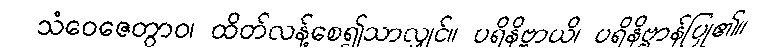
သံဝေဇေတွာဝ၊ ထိတ်လန့်စေ၍သာလျှင်။ ပရိနိဗ္ဗာယိ၊ ပရိနိဗ္ဗာန်ပြု၏။